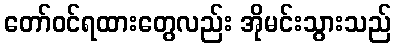
တော်ဝင်ရထားတွေလည်း အိုမင်းသွားသည်